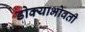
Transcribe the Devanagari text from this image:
डोक्याभोवती